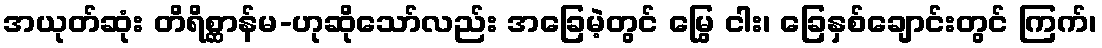
အယုတ်ဆုံး တိရိစ္ဆာန်မ-ဟုဆိုသော်လည်း အခြေမဲ့တွင် မြွေ ငါး၊ ခြေနှစ်ချောင်းတွင် ကြက်၊